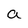
Character: a